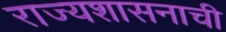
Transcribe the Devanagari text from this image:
राज्यशासनाची